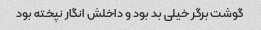
گوشت برگر خیلی بد بود و داخلش انگار نپخته بود